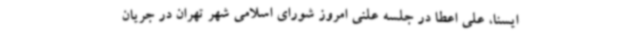
ایسنا، علی اعطا در جلسه علنی امروز شورای اسلامی شهر تهران در جریان